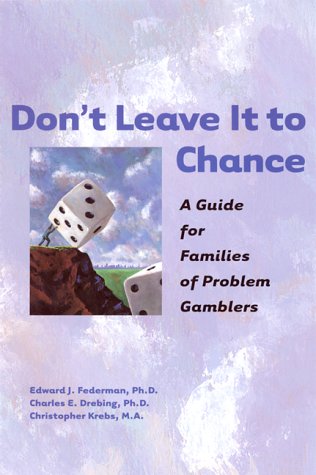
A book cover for Don't Leave It to Chance: A Guide for Families of Problem Gamblers; Christopher Krebs; Health, Fitness & Dieting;